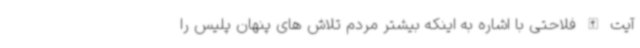
آیت الله فلاحتی با اشاره به اینکه بیشتر مردم تلاش های پنهان پلیس را